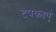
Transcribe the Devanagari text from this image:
टपकाएं